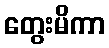
တွေးမိကာ